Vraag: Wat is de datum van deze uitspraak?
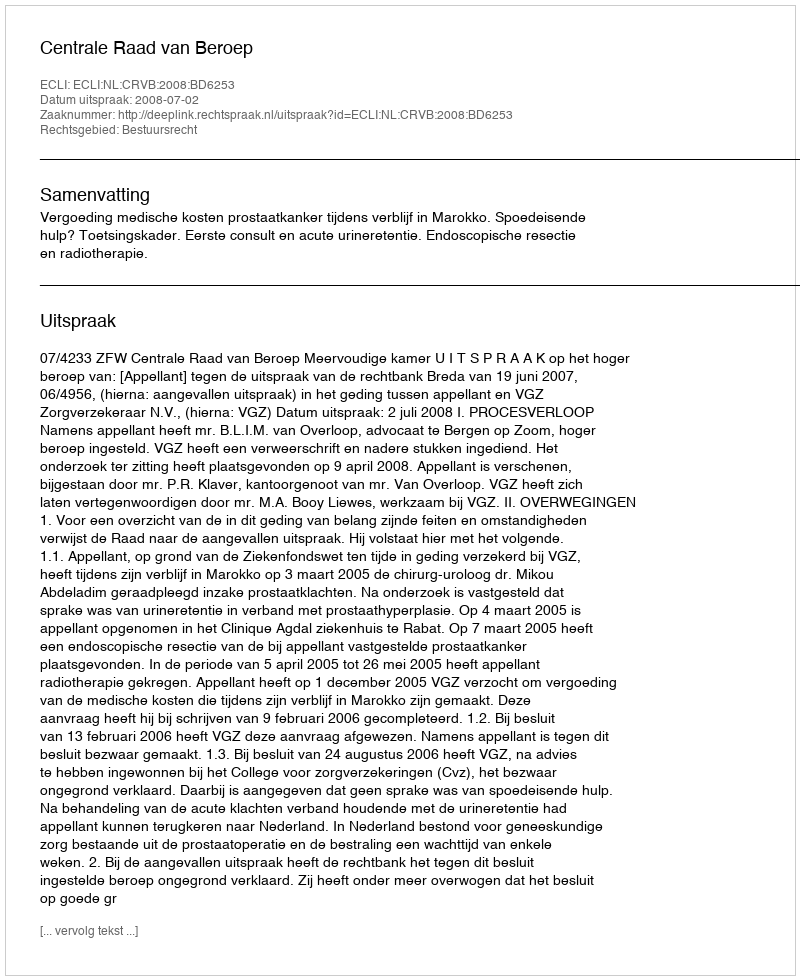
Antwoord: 2008-07-02